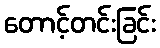
တောင့်တင်းခြင်း